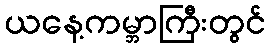
ယနေ့ကမ္ဘာကြီးတွင်